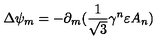
\Delta \psi _ { m } = - \partial _ { m } ( \frac { 1 } { \sqrt { 3 } } \gamma ^ { n } \varepsilon A _ { n } )